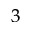
^ { 3 }